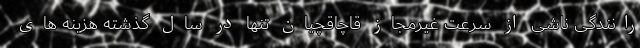
رانندگی ناشی از سرعت غیرمجاز قاچاقچیان تنها در سال گذشته هزینه های